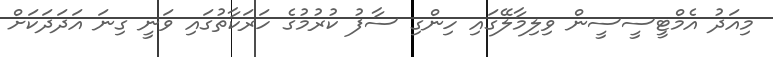
މިއަދު އެމްޓީސީސީން ވިލިމާލޭގައި ހިންގި ސާފު ކުރުމުގެ ހަރަކާތުގައި ވަނީ ގިނަ އަދަދަކަށް